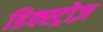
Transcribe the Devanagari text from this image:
डिक्स्ट्रोज़